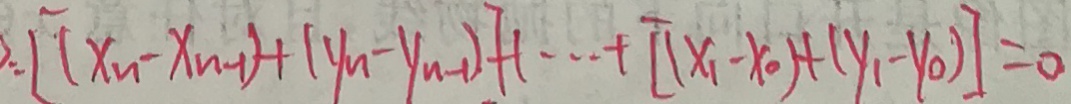
: [ ( x _ { n } - x _ { n - 1 } ) + ( y _ { n } - y _ { n - 1 } ) ] + \cdots + [ ( x _ { 1 } - x _ { 0 } ) + ( y _ { 1 } - y _ { 0 } ) ] = 0